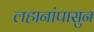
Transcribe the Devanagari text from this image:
लहानांपासुन